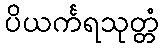
ပိယင်္ကရသုတ္တံ